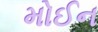
મોઈન